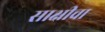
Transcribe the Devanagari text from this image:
साक्षीचा